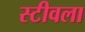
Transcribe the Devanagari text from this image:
स्टीवला